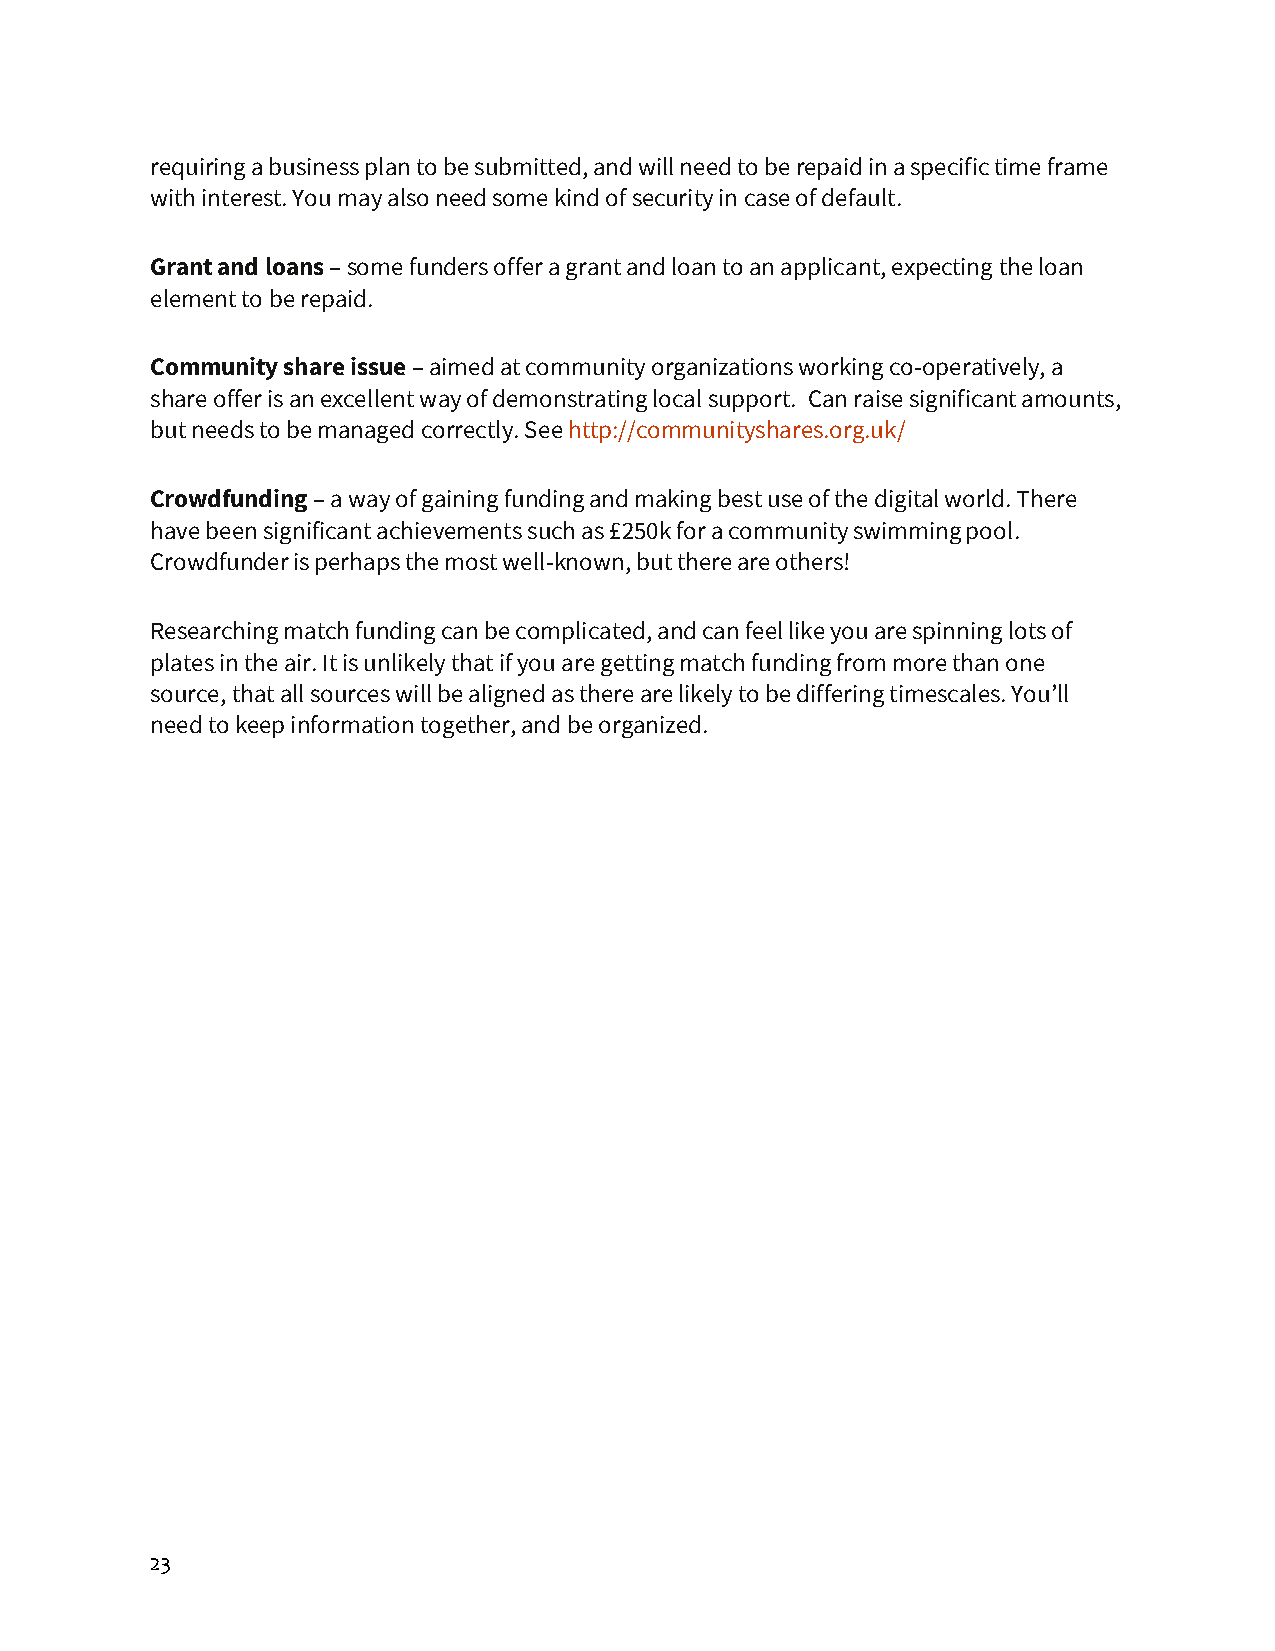
requiring a business plan to be submitted, and will need to be repaid in a specific time frame
 with interest. You may also need some kind of security in case of default.
 Grant and loans – some funders offer a grant and loan to an applicant, expecting the loan
 element to be repaid.
 Community share issue – aimed at community organizations working co-operatively, a
 share offer is an excellent way of demonstrating local support. Can raise significant amounts,
 but needs to be managed correctly. See http://communityshares.org.uk/
 Crowdfunding – a way of gaining funding and making best use of the digital world. There
 have been significant achievements such as £250k for a community swimming pool.
 Crowdfunder is perhaps the most well-known, but there are others!
 Researching match funding can be complicated, and can feel like you are spinning lots of
 plates in the air. It is unlikely that if you are getting match funding from more than one
 source, that all sources will be aligned as there are likely to be differing timescales. You’ll
 need to keep information together, and be organized.
 23